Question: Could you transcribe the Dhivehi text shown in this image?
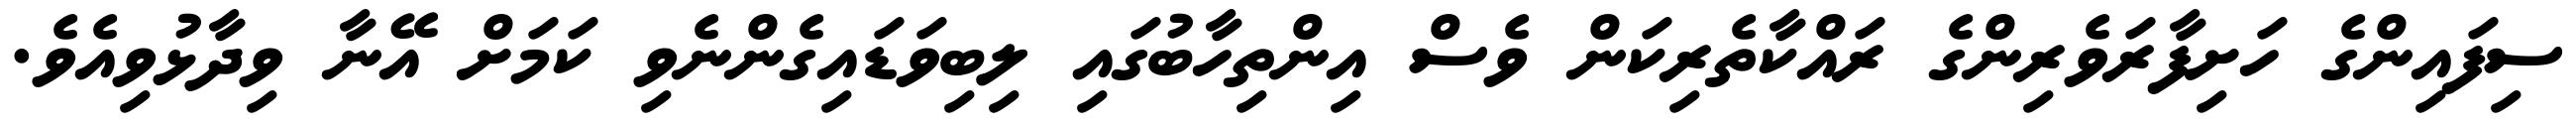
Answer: ސިފައިންގެ ހަށިފާރަވެރިންގެ ރައްކާތެރިކަން ވެސް އިންތިހާބުގައި ލިބިވަޑައިގެންނެވި ކަމަށް އޭނާ ވިދާޅުވިއެވެ.